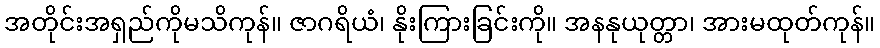
အတိုင်းအရှည်ကိုမသိကုန်။ ဇာဂရိယံ၊ နိုးကြားခြင်းကို။ အနနုယုတ္တာ၊ အားမထုတ်ကုန်။